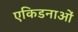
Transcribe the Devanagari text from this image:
एकिडनाओं